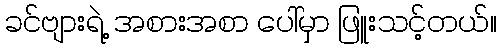
ခင်ဗျားရဲ့ အစားအစာ ပေါ်မှာ ဖြူးသင့်တယ်။